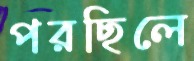
পরছিলে